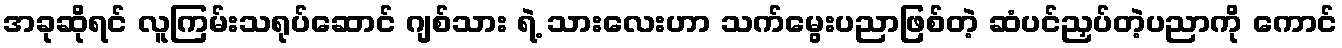
အခုဆိုရင် လူကြမ်းသရုပ်ဆောင် ဂျစ်သား ရဲ့ သားလေးဟာ သက်မွေးပညာဖြစ်တဲ့ ဆံပင်ညှပ်တဲ့ပညာကို ကောင်